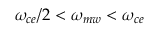
\omega _ { c e } / 2 < \omega _ { m w } < \omega _ { c e }